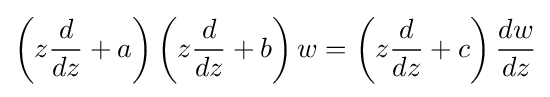
\left(z{\frac {d}{dz}}+a\right)\left(z{\frac {d}{dz}}+b\right)w=\left(z{\frac {d}{dz}}+c\right){\frac {dw}{dz}}